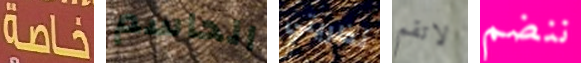
خاصة الحاسم نظريتي لاتقم ننضم